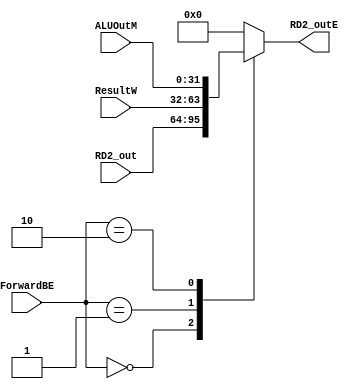
`timescale 1ns / 1ps
//////////////////////////////////////////////////////////////////////////////////
// Company: 
// Engineer: 
// 
// Design Name: 
// Module Name:    ForwardBE_MUX 
// Project Name: 
// Target Devices: 
// Tool versions: 
// Description: 
//
// Dependencies: 
//
// Revision: 
// Revision 0.01 - File Created
// Additional Comments: 
//
//////////////////////////////////////////////////////////////////////////////////
module ForwardBE_MUX(
   input [31:0]RD2_out,
	input [31:0]ALUOutM,
	input [31:0]ResultW,
   input [1:0]ForwardBE,
	output reg [31:0]RD2_outE
);
always @ (*)
begin
  case(ForwardBE)
    2'd0:RD2_outE = RD2_out;
	 2'd1:RD2_outE = ResultW;
	 2'd2:RD2_outE = ALUOutM;
	 default:RD2_outE = 32'b0;
  endcase
end

endmodule